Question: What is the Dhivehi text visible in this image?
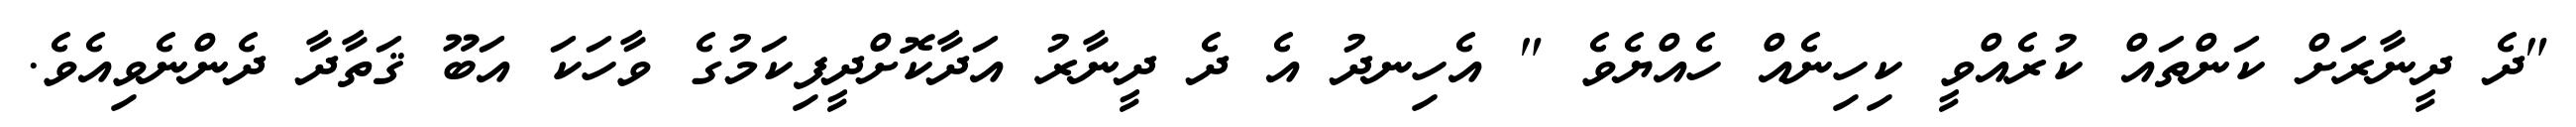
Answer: "ދެ ދީނާރަށް ކަންތައް ކުރެއްވީ ކިހިނެއް ހެއްޔެވެ " އެހިނދު އެ ދެ ދީނާރު އަދާކޮށްދީފިކަމުގެ ވާހަކަ އަބޫ ޤަތާދާ ދެންނެވިއެވެ.